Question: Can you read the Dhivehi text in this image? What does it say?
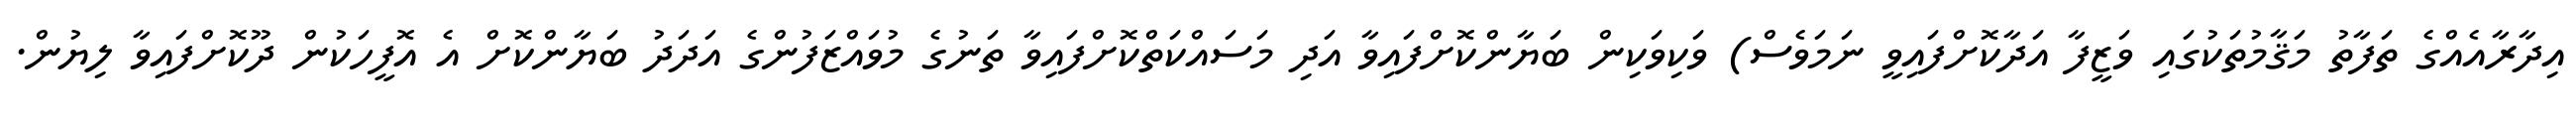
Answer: އިދާރާއެއްގެ ތަފާތު މަޤާމުތަކުގައި ވަޒީފާ އަދާކޮށްފައިވީ ނަމަވެސް) ވަކިވަކިން ބަޔާންކޮށްފައިވާ އަދި މަސައްކަތްކޮށްފައިވާ ތަނުގެ މުވައްޒަފުންގެ އަދަދު ބަޔާންކޮށް އެ އޮފީހަކުން ދޫކޮށްފައިވާ ލިޔުން.